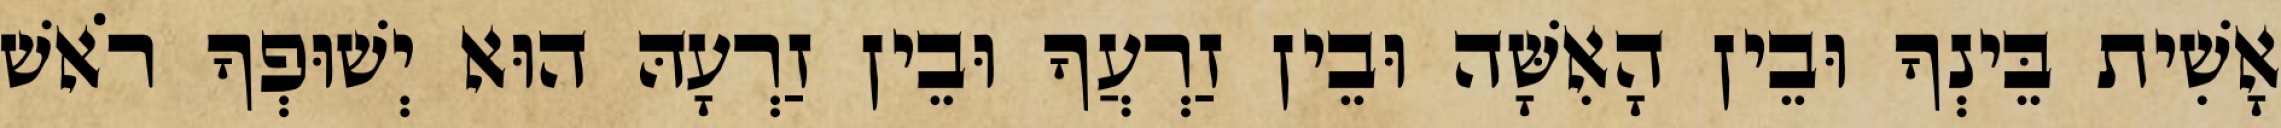
אָשִׁית בֵּינְךָ וּבֵין הָאִשָּׁה וּבֵין זַרְעֲךָ וּבֵין זַרְעָהּ הוּא יְשׁוּפְךָ רֹאשׁ